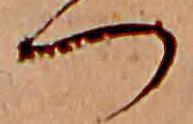
つ